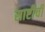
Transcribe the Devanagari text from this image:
साष्टीची